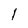
Character: 1